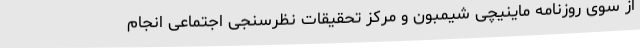
از سوی روزنامه ماینیچی شیمبون و مرکز تحقیقات نظرسنجی اجتماعی انجام